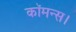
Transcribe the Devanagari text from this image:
कॉमन्स।